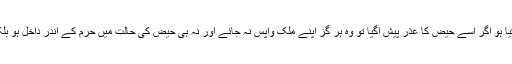
جس عورت نے طواف زیارت نہ کیا ہو اگر اُسے حیض کا عذر پیش آگیا تو وہ ہر گز اپنے ملک واپس نہ جائے اور نہ ہی حیض کی حالت میں حرم کے اندر داخل ہو بلکہ پاک ہونے کا انتظار کرتی رہے۔